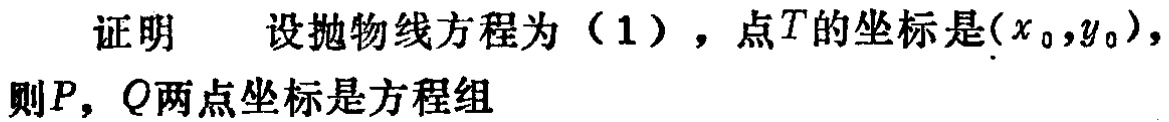
证明 设抛物线方程为（1），点\(T\)的坐标是\((x_0,y_0)\)，则\(P,Q\)两点坐标是方程组